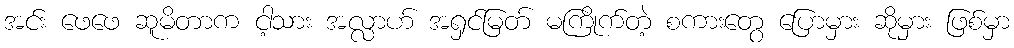
အင်း ဖေဖေ ဆူမိတာက ငါ့သား အလ္လာဟ် အရှင်မြတ် မကြိုက်တဲ့ စကားတွေ ပြောမှား ဆိုမှား ဖြစ်မှာ